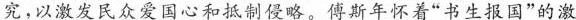
究，以激发民众爱国心和抵制侵略。傅斯年怀着”书生报国”的激